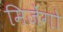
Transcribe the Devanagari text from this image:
मिजेंगो